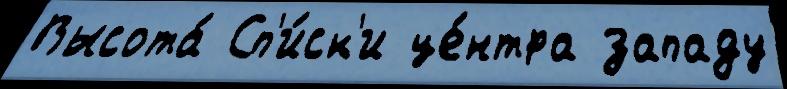
Высота́ Сп'и́ск'и це́нтра западу